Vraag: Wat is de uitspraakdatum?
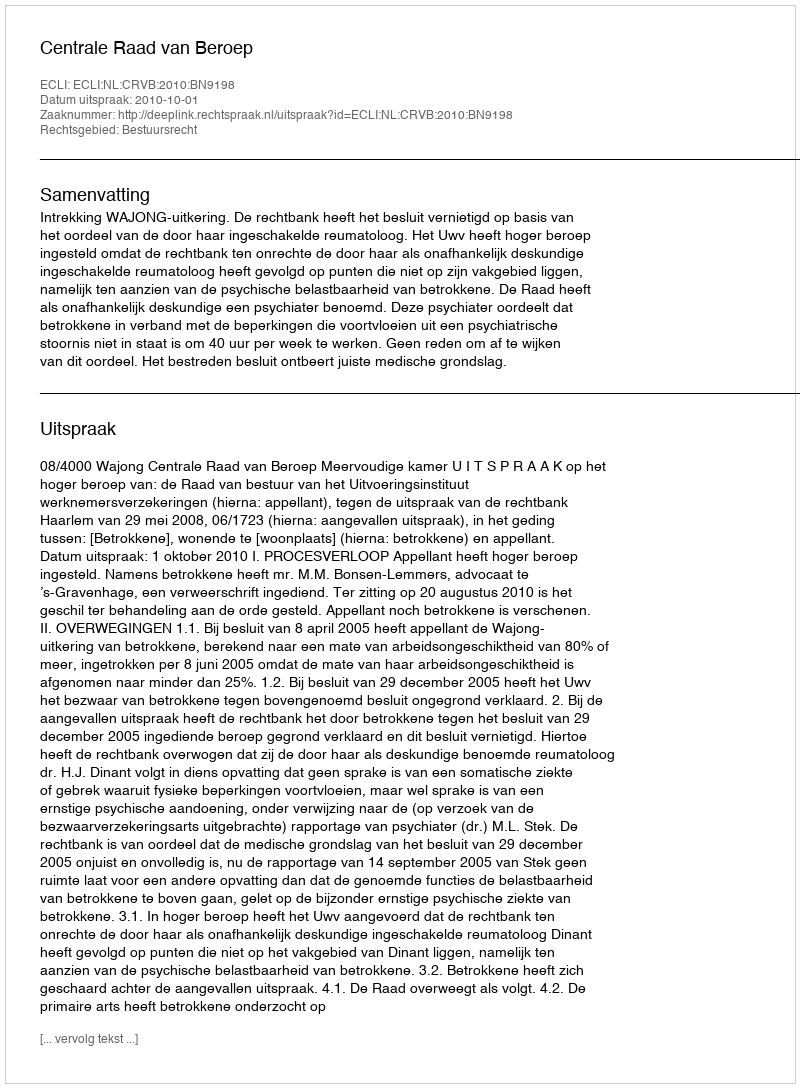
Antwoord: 2010-10-01